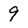
Character: 9